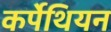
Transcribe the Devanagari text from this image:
कर्पेथियन